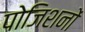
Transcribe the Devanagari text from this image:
पोजिशनों